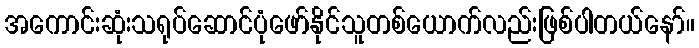
အကောင်းဆုံးသရုပ်ဆောင်ပုံဖော်နိုင်သူတစ်ယောက်လည်းဖြစ်ပါတယ်နော်။